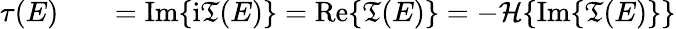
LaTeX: \begin{array}{rlr}{\tau(E)}&{{}}&{=\mathrm{Im}\{ \mathrm{i}\mathfrak{T}(E)\} =\mathrm{Re}\{ \mathfrak{T}(E)\} =-\mathcal{H}\{ \mathrm{Im}\{ \mathfrak{T}(E)\} \} }\end{array}